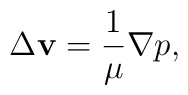
\Delta {\bf v}  = \frac{1}{\mu} \nabla p,